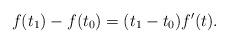
LaTeX: \begin{align*}f(t_1)-f(t_0)=(t_1-t_0)f'(t).\end{align*}